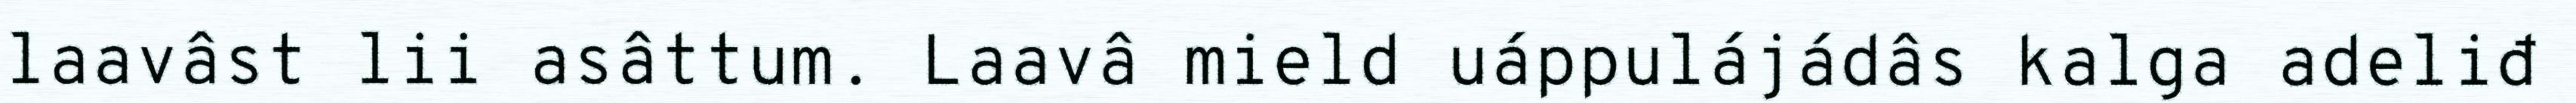
laavâst lii asâttum. Laavâ mield uáppulájádâs kalga adeliđ